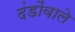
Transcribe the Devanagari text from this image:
दंडोंवाले